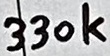
Text: 330k